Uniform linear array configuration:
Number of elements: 16
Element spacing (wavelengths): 1
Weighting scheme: hamming
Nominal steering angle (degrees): -60
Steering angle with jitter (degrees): -61.06
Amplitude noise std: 0.05
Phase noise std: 0.05

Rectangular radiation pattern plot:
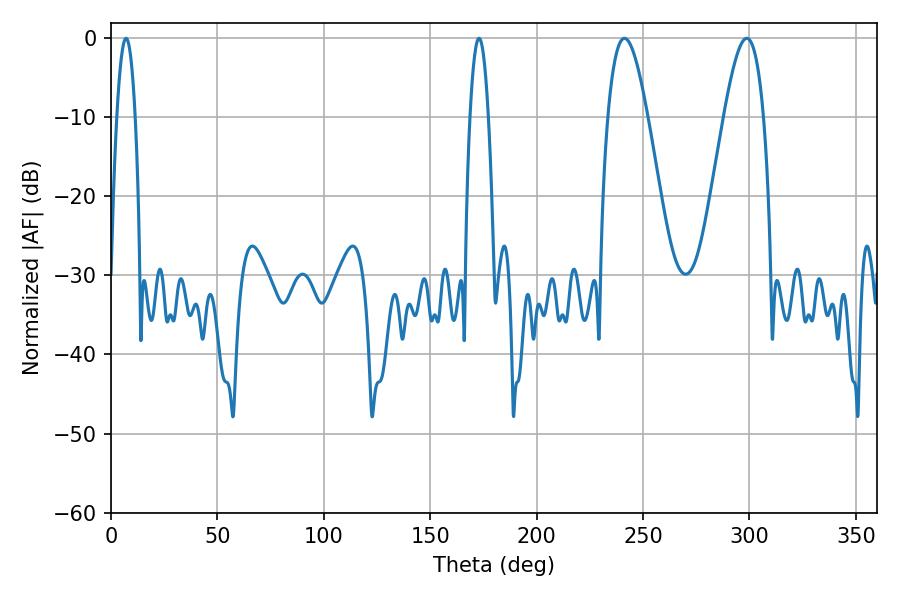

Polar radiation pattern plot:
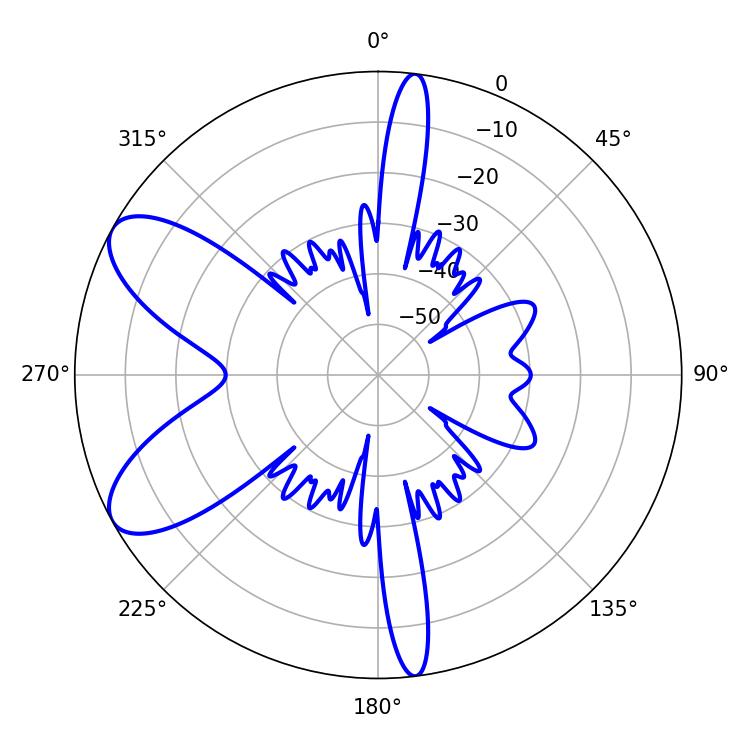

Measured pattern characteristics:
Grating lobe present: TRUE
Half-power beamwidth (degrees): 10.08
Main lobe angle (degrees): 241.2